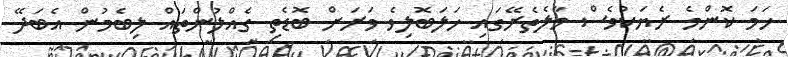
ހަމަ ކޮންމެ ރެޔަކުވެސް މާލެތެރޭގައި ހަލަބޮލިވެ ވަރަށް ބޮޑެތި ގެއްލުންތައް ލިބެމުން އެބަދޭ